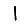
Digit: 1